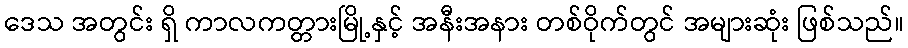
ဒေသ အတွင်း ရှိ ကာလကတ္တားမြို့နှင့် အနီးအနား တစ်ဝိုက်တွင် အများဆုံး ဖြစ်သည်။